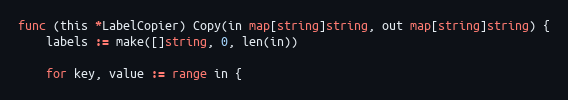
Language: Go
func (this *LabelCopier) Copy(in map[string]string, out map[string]string) {
	labels := make([]string, 0, len(in))

	for key, value := range in {